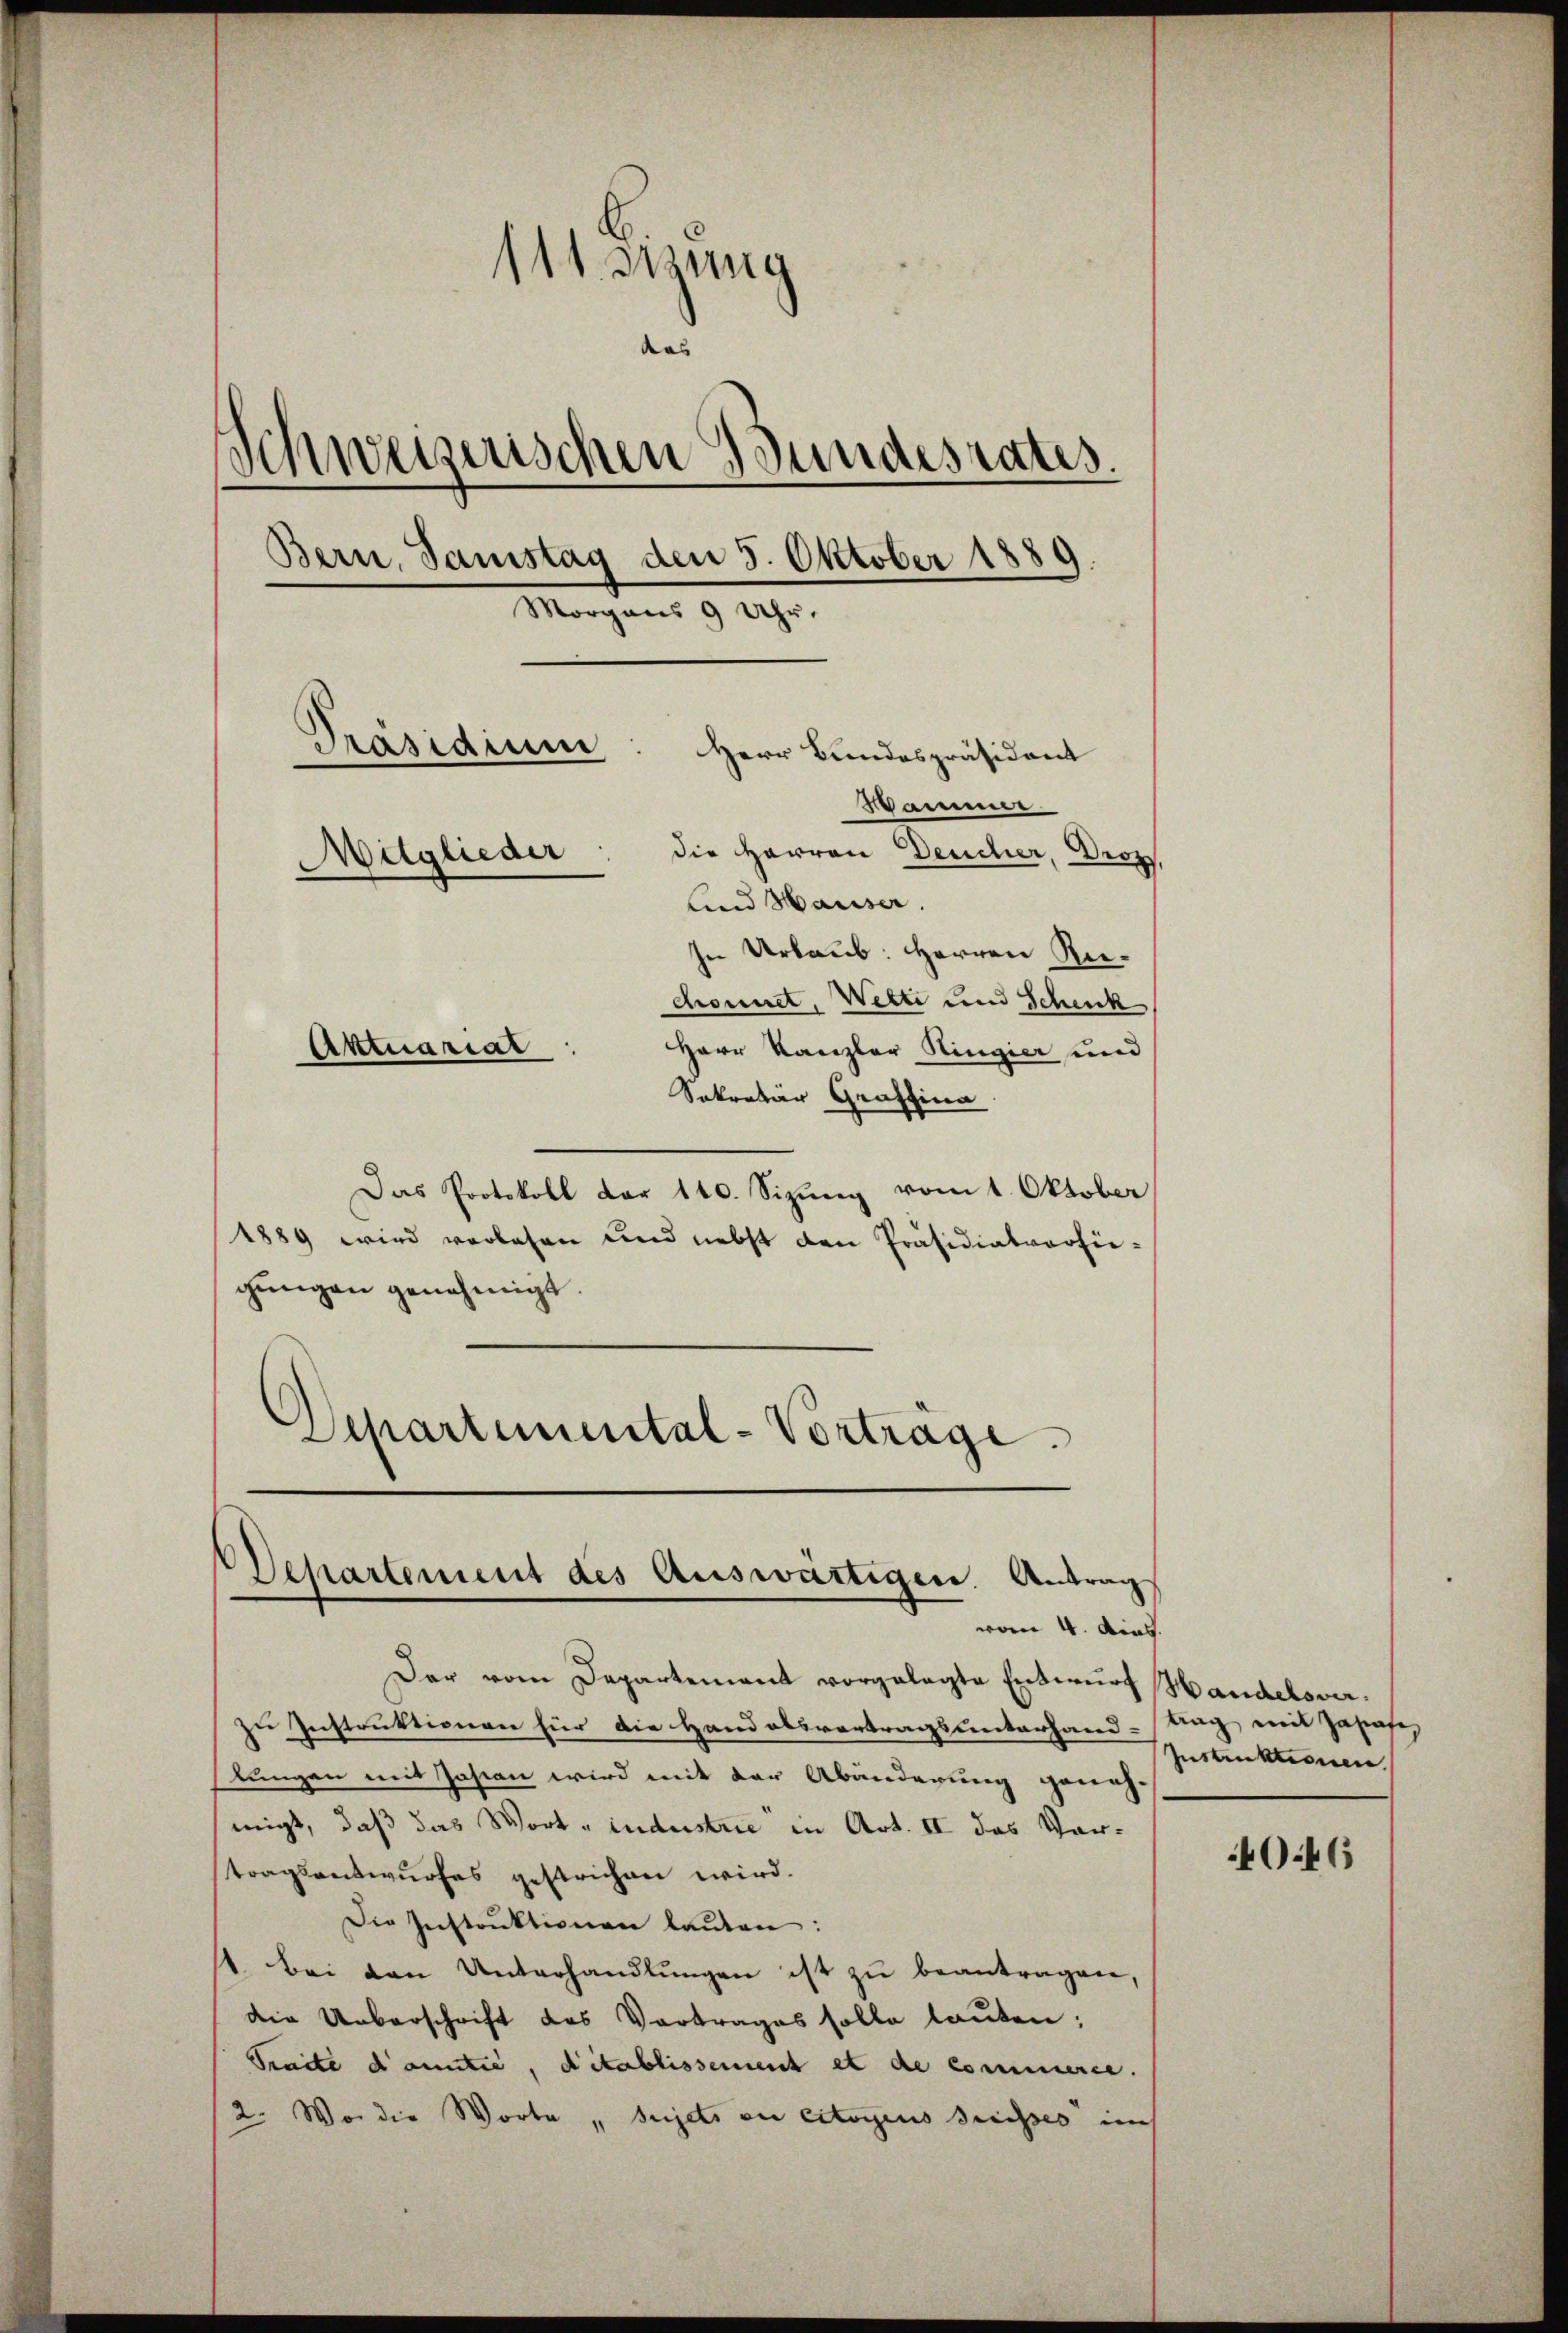
111. Sisung
das
Schweizerischen Grundesrates.
Bern, Samstag den 3. Oktober 1889.
Morgens 9 Uhr.
Präsidium
Herr Bundespräsident
Wammer
die Herren Deucher, Droz.
Mitglieder
lind Hauser.
In Urlaub: Herren Rie¬

chonnet, Welti und Schenk
Herr Kanzler Ringier und
Sekretär Graffina
Das Protokoll der 140. Sizung vom 1. Oktober
1889 wird verlesen und nebst den Präsidialverhiegungen genehmigt
Departemental-Vortrage.

Aktuariat

Der vom Departement vorgelegte Entwurf Handelsverzu Instruktionen für die Handelsvertragsunterhand-Aug mit Zahafe,
lungen mit Josian wird mit der Abänderung geneh-
migt, daß das Wort „industrie in Art. II das Vortragsentwurfes gestrichen wird.
Die Instruktionen lauten:
1. Bei den Unterhandlŭngen ist zŭ beantragen,
die Ueberschrift des Vortrages solle lauten;
Traite damntie, ditablissement et de commerce.
2. Wo die Worte „ Sujets en citoyens dreisses auch

Departement des Auswärtigen. Antrag
vom 4. Aug.

Instruktionen.

0.46